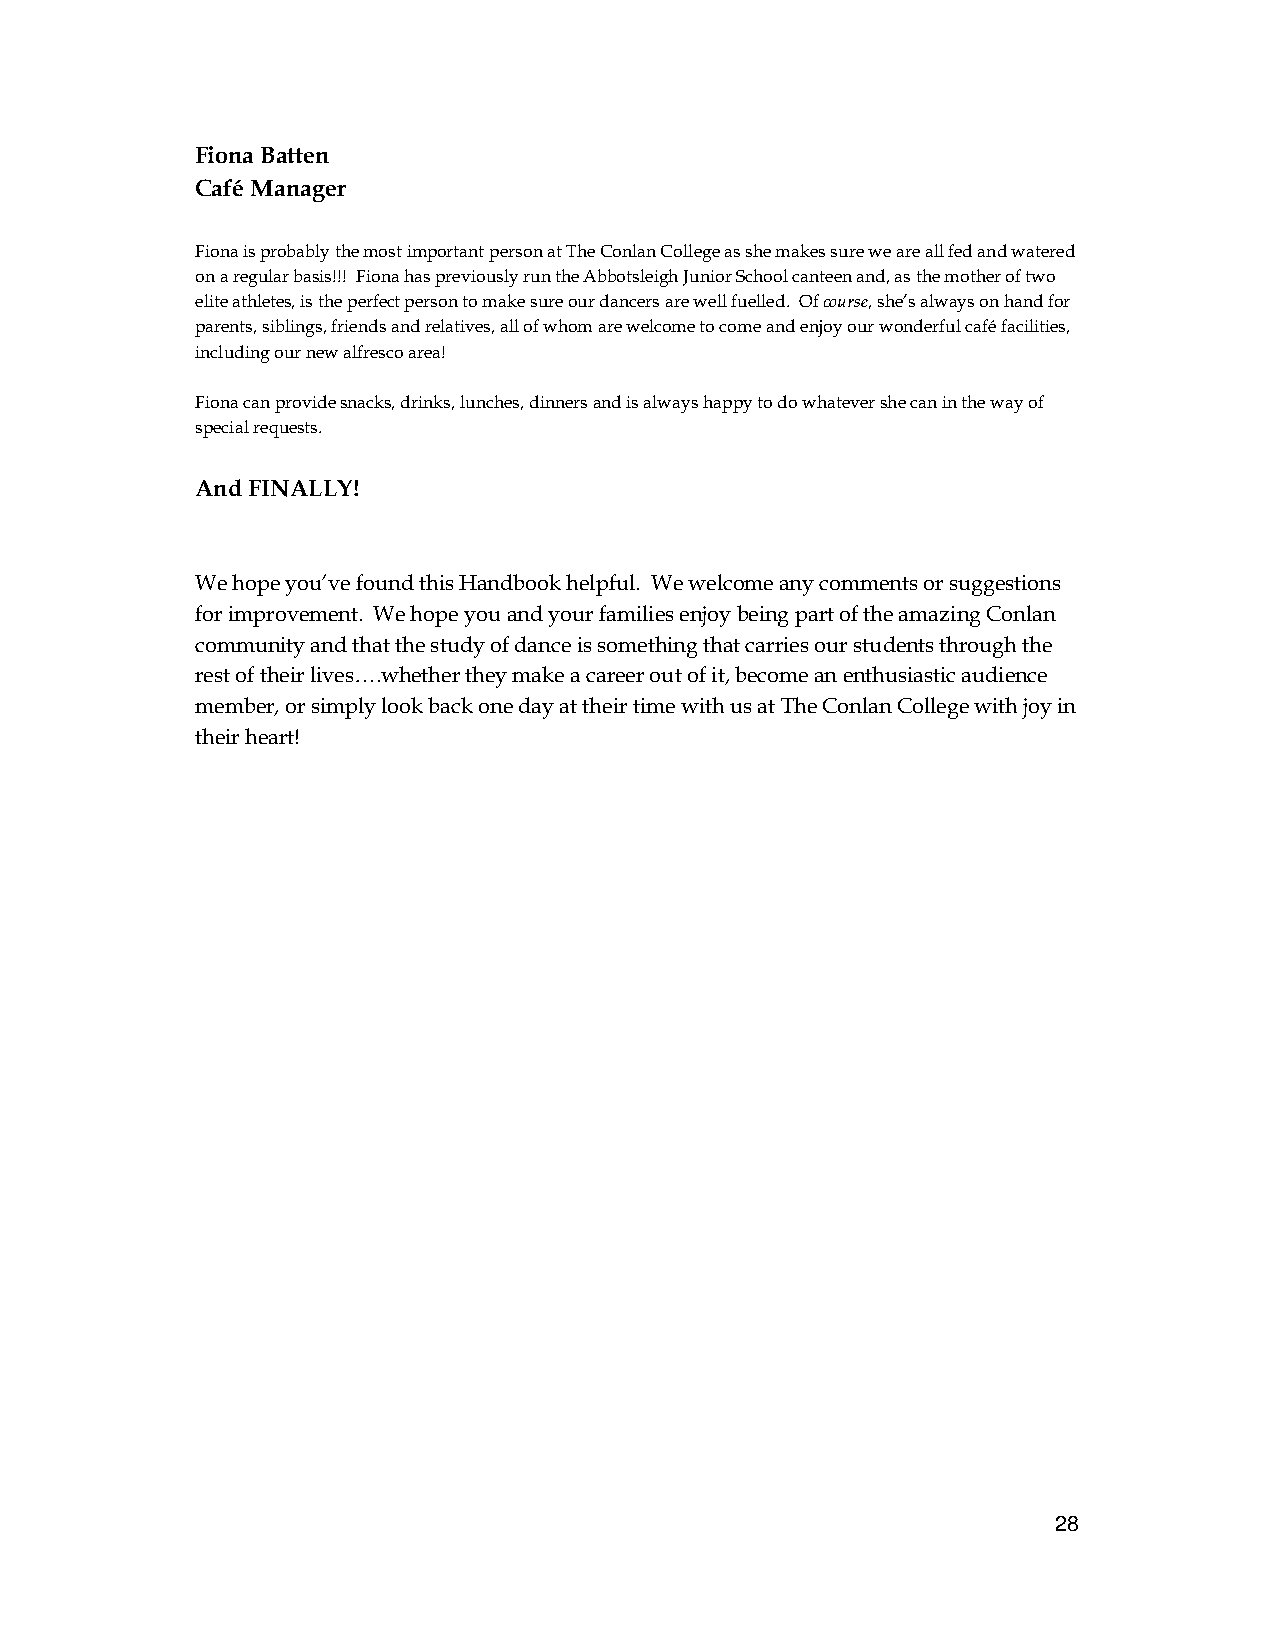
Fiona Batten
 Café Manager
 Fiona is probably the most important person at The Conlan College as she makes sure we are all fed and watered
 on a regular basis!!! Fiona has previously run the Abbotsleigh Junior School canteen and, as the mother of two
 elite athletes, is the perfect person to make sure our dancers are well fuelled. Of course, she’s always on hand for
 parents, siblings, friends and relatives, all of whom are welcome to come and enjoy our wonderful café facilities,
 including our new alfresco area!
 Fiona can provide snacks, drinks, lunches, dinners and is always happy to do whatever she can in the way of
 special requests.
 And FINALLY!
 We hope you’ve found this Handbook helpful. We welcome any comments or suggestions
 for improvement. We hope you and your families enjoy being part of the amazing Conlan
 community and that the study of dance is something that carries our students through the
 rest of their lives….whether they make a career out of it, become an enthusiastic audience
 member, or simply look back one day at their time with us at The Conlan College with joy in
 their heart!
 28